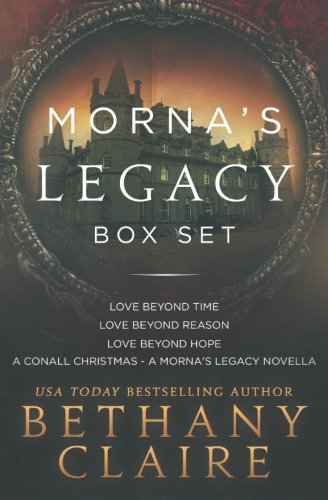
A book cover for Morna's Legacy (Scottish Time Travel Romances): Box Set #1 (Morna's Legacy Series); Bethany Claire; Romance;